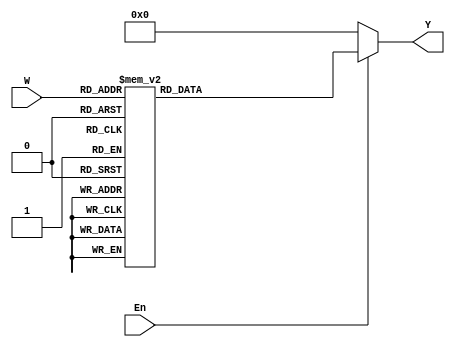
/**
 * Embedded Systems (EECE6017C) - Lab 3
 * Simple Processor
 * Author(s): Alex Stephens <stephea5@mail.uc.edu> (AWS)
 *	      	  Josh Boroff <boroffja@mail.uc.edu> (JBB)
 *	      	  Adam Wilford <wilforaf@mail.uc.edu> (AFW)
 * Target FPGA: Altera Cyclone II 2C20 (EP2C20F484C7)
 * Tool: Quartus II 64-bit
 * Version: 13.0.1 sp1
 *
 * Development Log:
 */

/**
 * Module dec3to8 - used to change the 3 bit instructions, x's, and y's into 8 bits
 * W - the 3 bit input
 * En - the enable
 * Y - the output of the 3 bits into 8 bits
 */
module dec3to8(W, En, Y); //change
	input [2:0] W;
	input En;
	output [0:7] Y;
	reg [0:7] Y;
	always @(W or En)
	begin
		if (En == 1)
			case (W)
				3'b000: Y = 8'b10000000;
				3'b001: Y = 8'b01000000;
				3'b010: Y = 8'b00100000;
				3'b011: Y = 8'b00010000;
				3'b100: Y = 8'b00001000;
				3'b101: Y = 8'b00000100;
				3'b110: Y = 8'b00000010;
				3'b111: Y = 8'b00000001;
			endcase
		else
			Y = 8'b00000000;
	end
endmodule